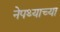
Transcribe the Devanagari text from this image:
नेपथ्याच्या